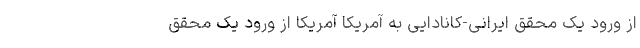
از ورود یک‌ محقق ایرانی-کانادایی به آمریکا آمریکا از ورود یک محقق